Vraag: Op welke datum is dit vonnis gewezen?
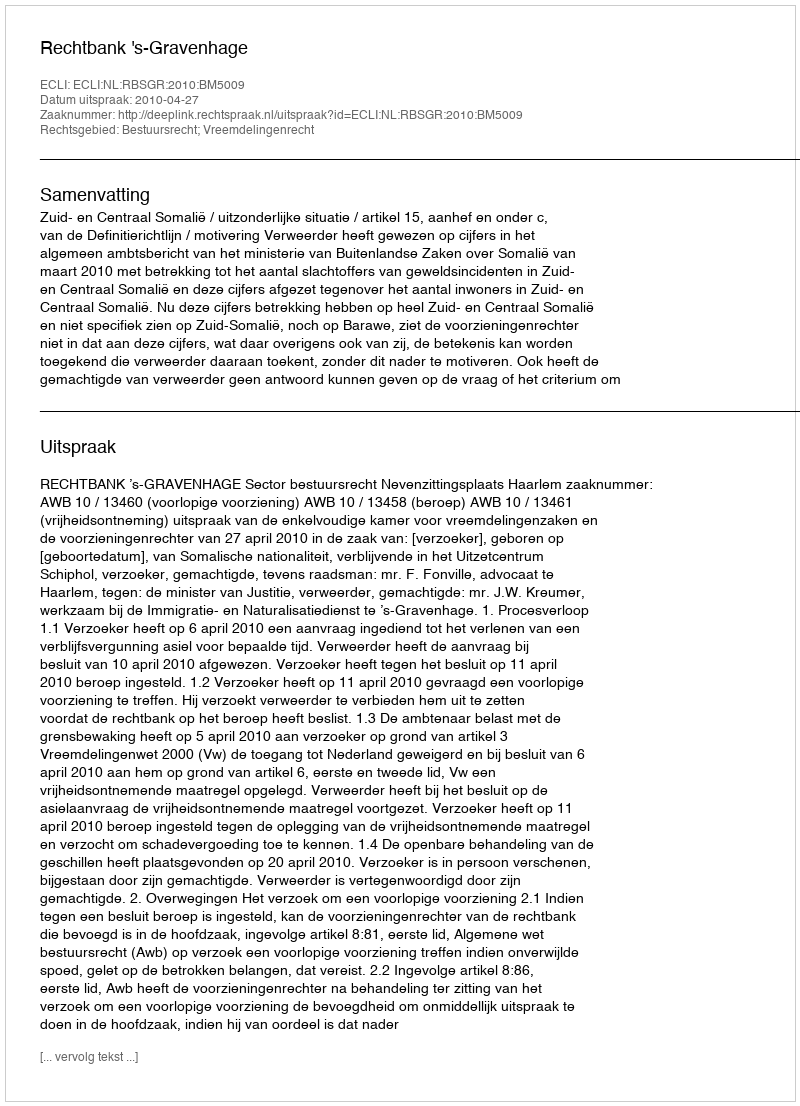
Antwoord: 2010-04-27